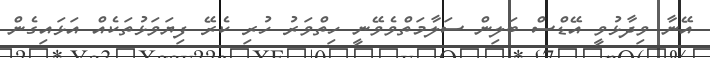
އޭނާ ވިދާޅުވީ އޭޑްސް ބަލިން ސަލާމަތްވެވޭނީ ހިތްވަރު ހުރި ކެރޭ ފިޔަވަޅުތަކެއް އަޅައިގެން